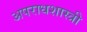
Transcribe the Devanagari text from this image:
अपराधशास्त्री